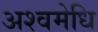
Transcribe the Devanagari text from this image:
अश्वमेधि